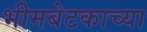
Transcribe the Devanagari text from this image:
भीमबेटकाच्या